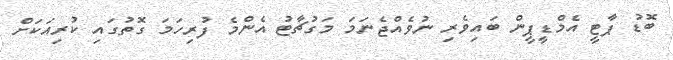
ބޮޑު ޕާޓީ އެމްޑީޕީން ބައިވެރި ނުވެއްޖެނަމަ މަގުޗާޓު އެންމެ ފުރިހަމަ ގޮތުގައި ކުރިއަކަށް